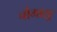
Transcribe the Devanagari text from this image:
चौमासू